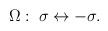
LaTeX: \begin{align*}\Omega : \; \sigma \leftrightarrow -\sigma .\end{align*}